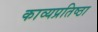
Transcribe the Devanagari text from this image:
काव्यप्रतिष्ठा